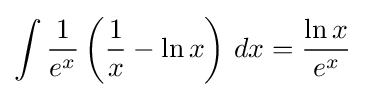
\int {\frac {1}{e^{x}}}\left({\frac {1}{x}}-\ln x\right)\,dx={\frac {\ln x}{e^{x}}}